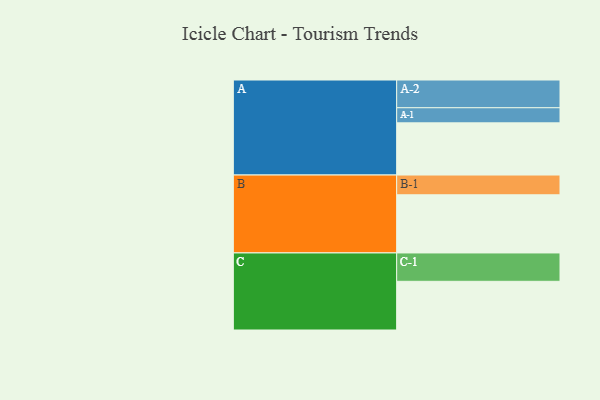
{"axis": {"x": "Segment", "y": "Value"}, "legend": ["", "A", "B", "C"], "data": [{"x": "A", "y": 491, "type": ""}, {"x": "B", "y": 547, "type": ""}, {"x": "C", "y": 458, "type": ""}, {"x": "A-1", "y": 142, "type": "A"}, {"x": "A-2", "y": 261, "type": "A"}, {"x": "B-1", "y": 186, "type": "B"}, {"x": "C-1", "y": 267, "type": "C"}]}